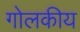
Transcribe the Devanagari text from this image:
गोलकीय